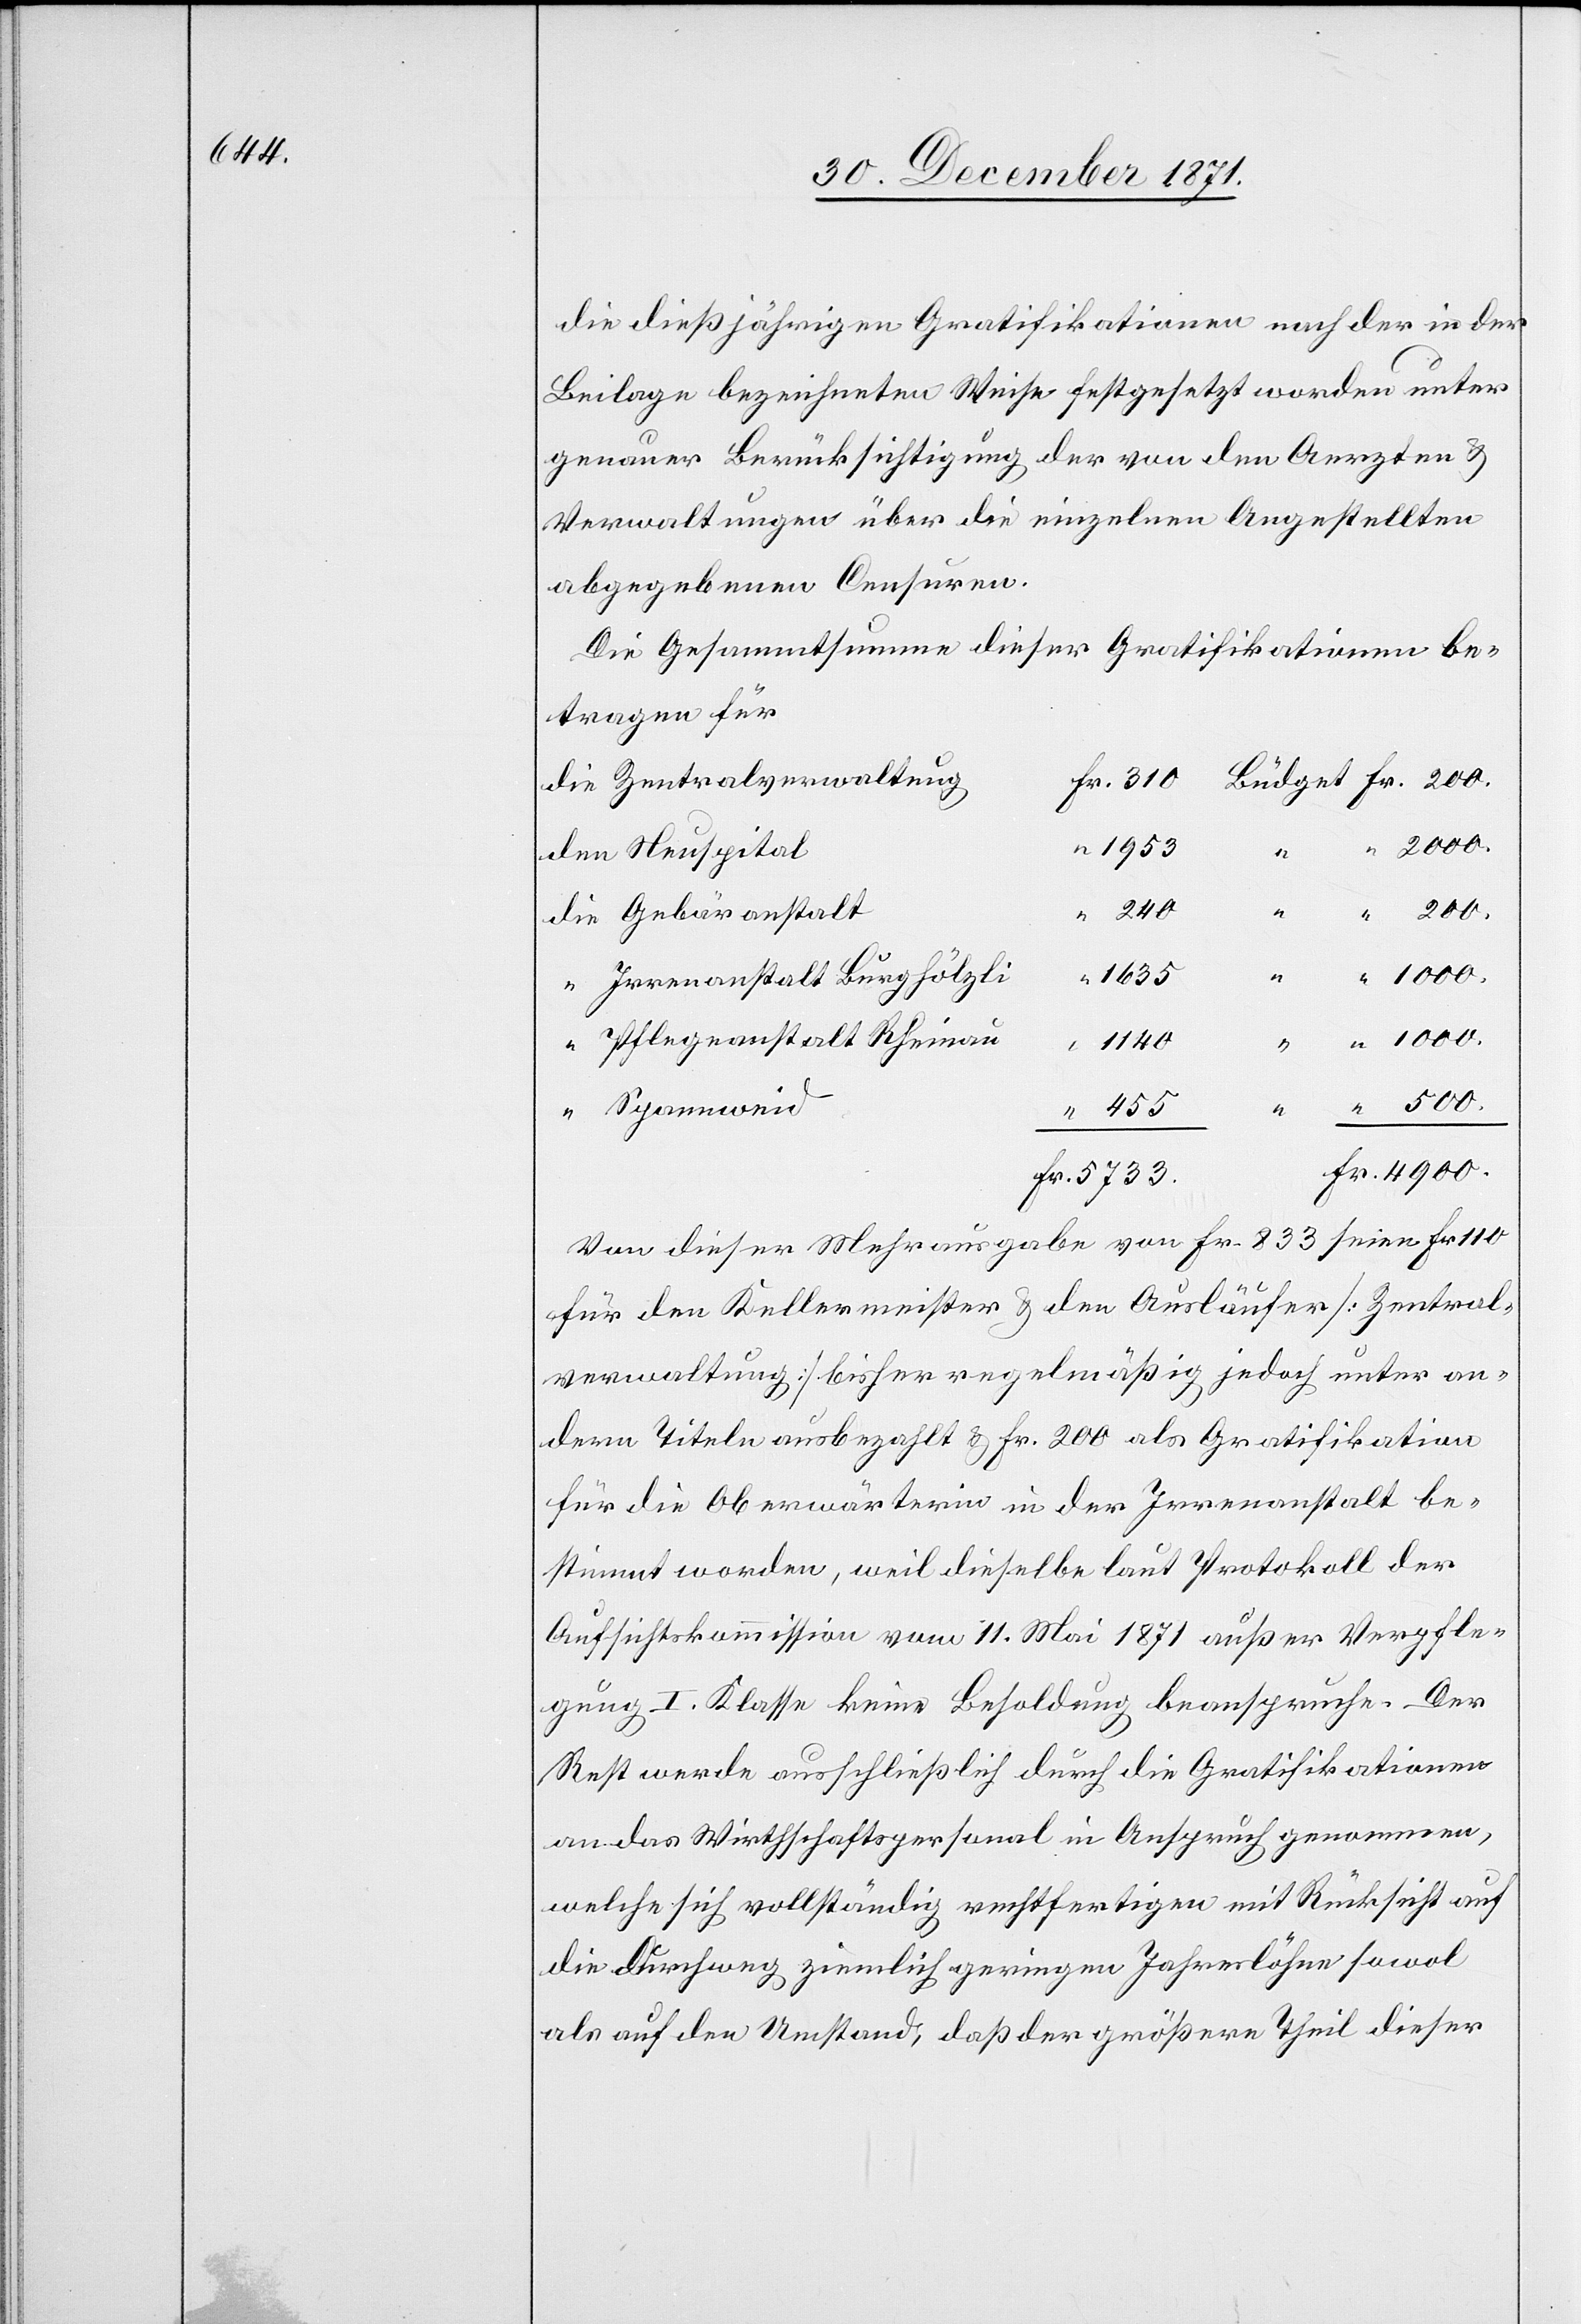
1140

die dießjährigen Gratifikationen nach der in der
Beilage bezeichneten Weise festgesetzt worden unter
genauer Berücksichtigung der von den Aerzten &
Verwaltungen über die einzelnen Angestellten
abgegebenen Censuren.
Die Gesammtsumme dieser Gratifikationen be¬
tragen für
1953
Irrenanstalt Burghölzli
Pflegeanstalt Rheinau
Von dieser Mehrausgabe von Fr. 833 seien Fr. 110
für den Kellermeister & den Ausläufer [Zentral¬
verwaltung] bisher regelmäßig jedoch unter an¬
dern Titeln ausbezahlt & Fr. 200 als Gratifikation
für die Oberwärterin in der Irrenanstalt be¬
stimmt worden, weil dieselbe laut Protokoll der
Aufsichtskommission vom 11. Mai 1871 außer Verpfle¬
gung I. Klasse keine Besoldung beanspruchen. Der
Rest werde ausschließlich durch die Gratifikationen
an das Wirthschaftspersonal in Anspruch genommen,
welche sich vollständig rechtfertigen mit Rücksicht auf
die durchweg ziemlich geringen Jahreslöhne sowol
als auf den Umstand, daß der größere Theil dieser